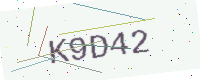
Text: K9D42